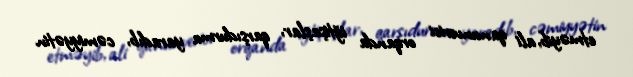
etməyib, ali qanunverici orqanda iğtişaşlar, qarşıdurma yaradıb, cəmiyyətin